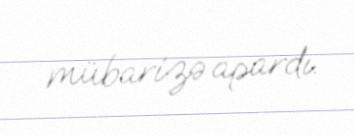
mübarizə apardı.